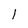
Character: l